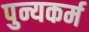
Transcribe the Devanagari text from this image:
पुन्यकर्म